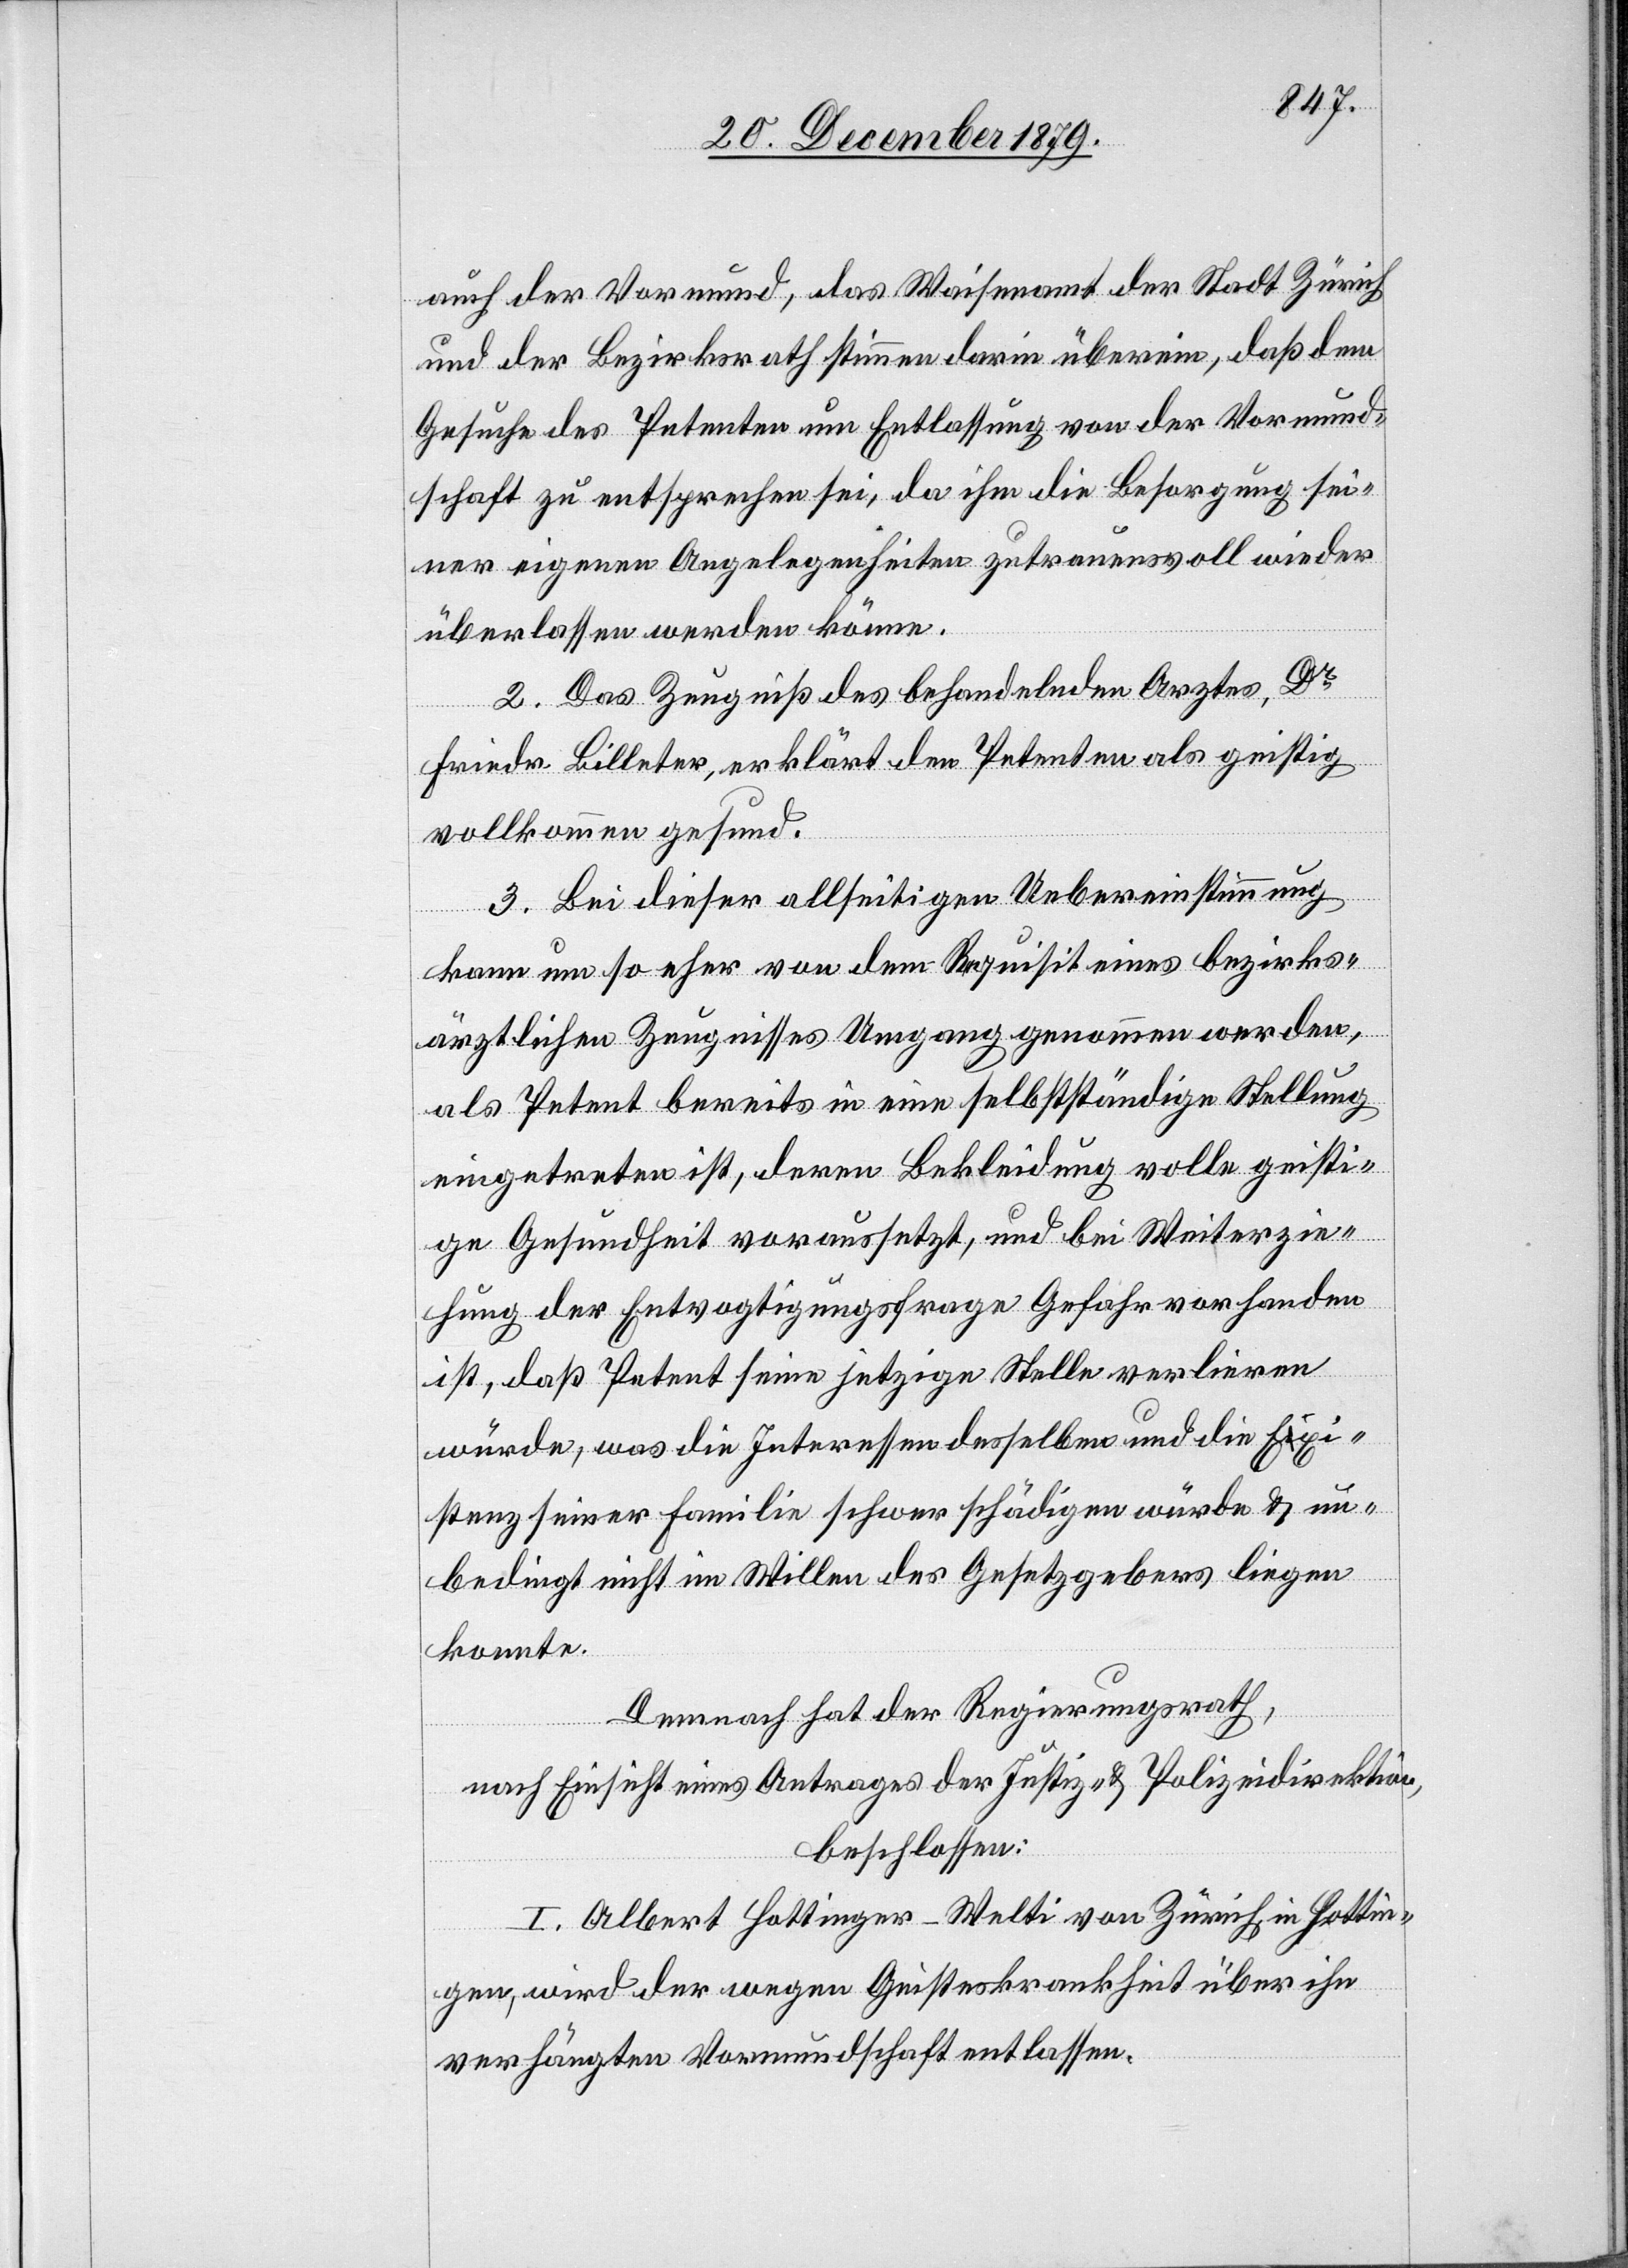
auch der Vormund, das Waisenamt der Stadt Zürich
und der Bezirksrath stimmen darin überein, daß dem
Gesuche des Petenten um Entlassung von der Vormund¬
schaft zu entsprechen sei, da ihm die Besorgung sei¬
ner eigenen Angelegenheiten zutrauensvoll wieder
überlasen werden könne.
2. Das Zeugniß des behandelnden Arztes, Dr
Friedr. Billeter, erklärt den Petenten als geistig
vollkommen gesund.
3. Bei dieser allseitigen Uebereinstimmung
kann um so eher von dem Requisit eines bezirks¬
ärztlichen Zeugnisses Umgang genommen werden,
als Petent bereits in eine selbstständige Stellung
eingetreten ist, deren Bekleidung volle geisti¬
ge Gesundheit voraussetzt, und bei Weiterzie¬
hung der Entvogtigungsfrage Gefahr vorhanden
ist, daß Petent seine jetzige Stelle verlieren
würde, was die Interessen desselben und die Exi¬
stenz seiner Familie schwer schädigen würde & un¬
bedingt nicht im Willen des Gesetzgebers liegen
konnte.
Demnach hat der Regierungsrath,
nach Einsicht eines Antrages der Justiz- & Polizeidirektion,
beschlossen:
I. Albert Hottinger-Welti von Zürich in Hottin¬
gen, wird der wegen Geisteskrankheit über ihn
verhängten Vormundschaft entlassen.